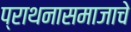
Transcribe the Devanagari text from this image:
प्राथनासमाजाचे